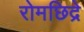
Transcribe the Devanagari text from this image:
रोमछिद्रे